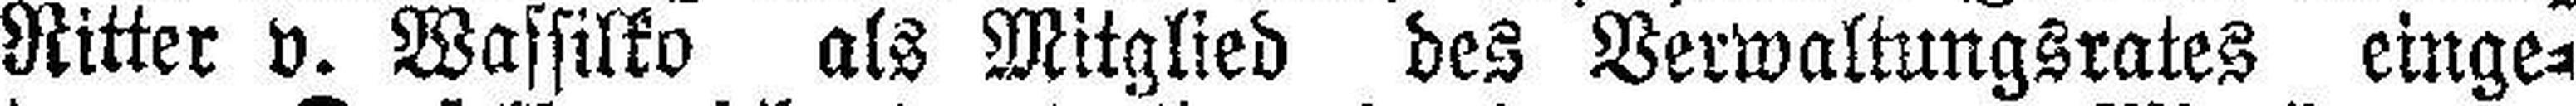
Ritter v. Wassilko als Mitglied des Verwaltungsrates einge¬